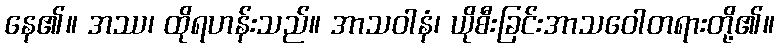
နေ၏။ အဿ၊ ထိုရဟန်းသည်။ အာသဝါနံ၊ ယိုစီးခြင်းအာသဝေါတရားတို့၏။